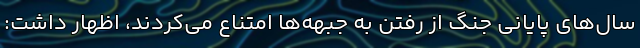
سال‌های پایانی جنگ از رفتن به جبهه‌ها امتناع می‌کردند،‌ اظهار داشت: